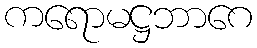
ကရောမဋ္ဌဘာဂေ